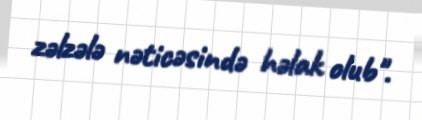
zəlzələ nəticəsində həlak olub".